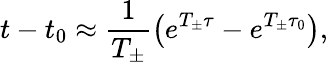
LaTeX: t-t_{0}\approx\frac{1}{T_{\pm}}\left(e^{T_{\pm}\tau}-e^{T_{\pm}\tau_{0}}\right),